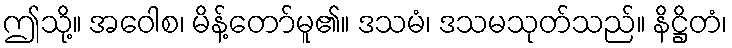
ဤသို့။ အဝေါစ၊ မိန့်တော်မူ၏။ ဒသမံ၊ ဒသမသုတ်သည်။ နိဋ္ဌိတံ၊